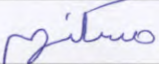
مسكنهم